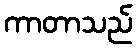
ကာတာသည်